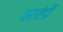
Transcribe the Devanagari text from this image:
वरवंडी